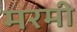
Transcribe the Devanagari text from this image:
मरमी